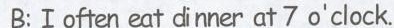
B:Ⅰoften eat dinner at 7o'clock.